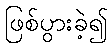
ဖြစ်ပွားခဲ့၍